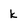
Character: k